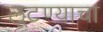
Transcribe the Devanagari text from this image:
लूटण्याचा